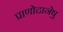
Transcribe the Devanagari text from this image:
प्राणोदानेषु